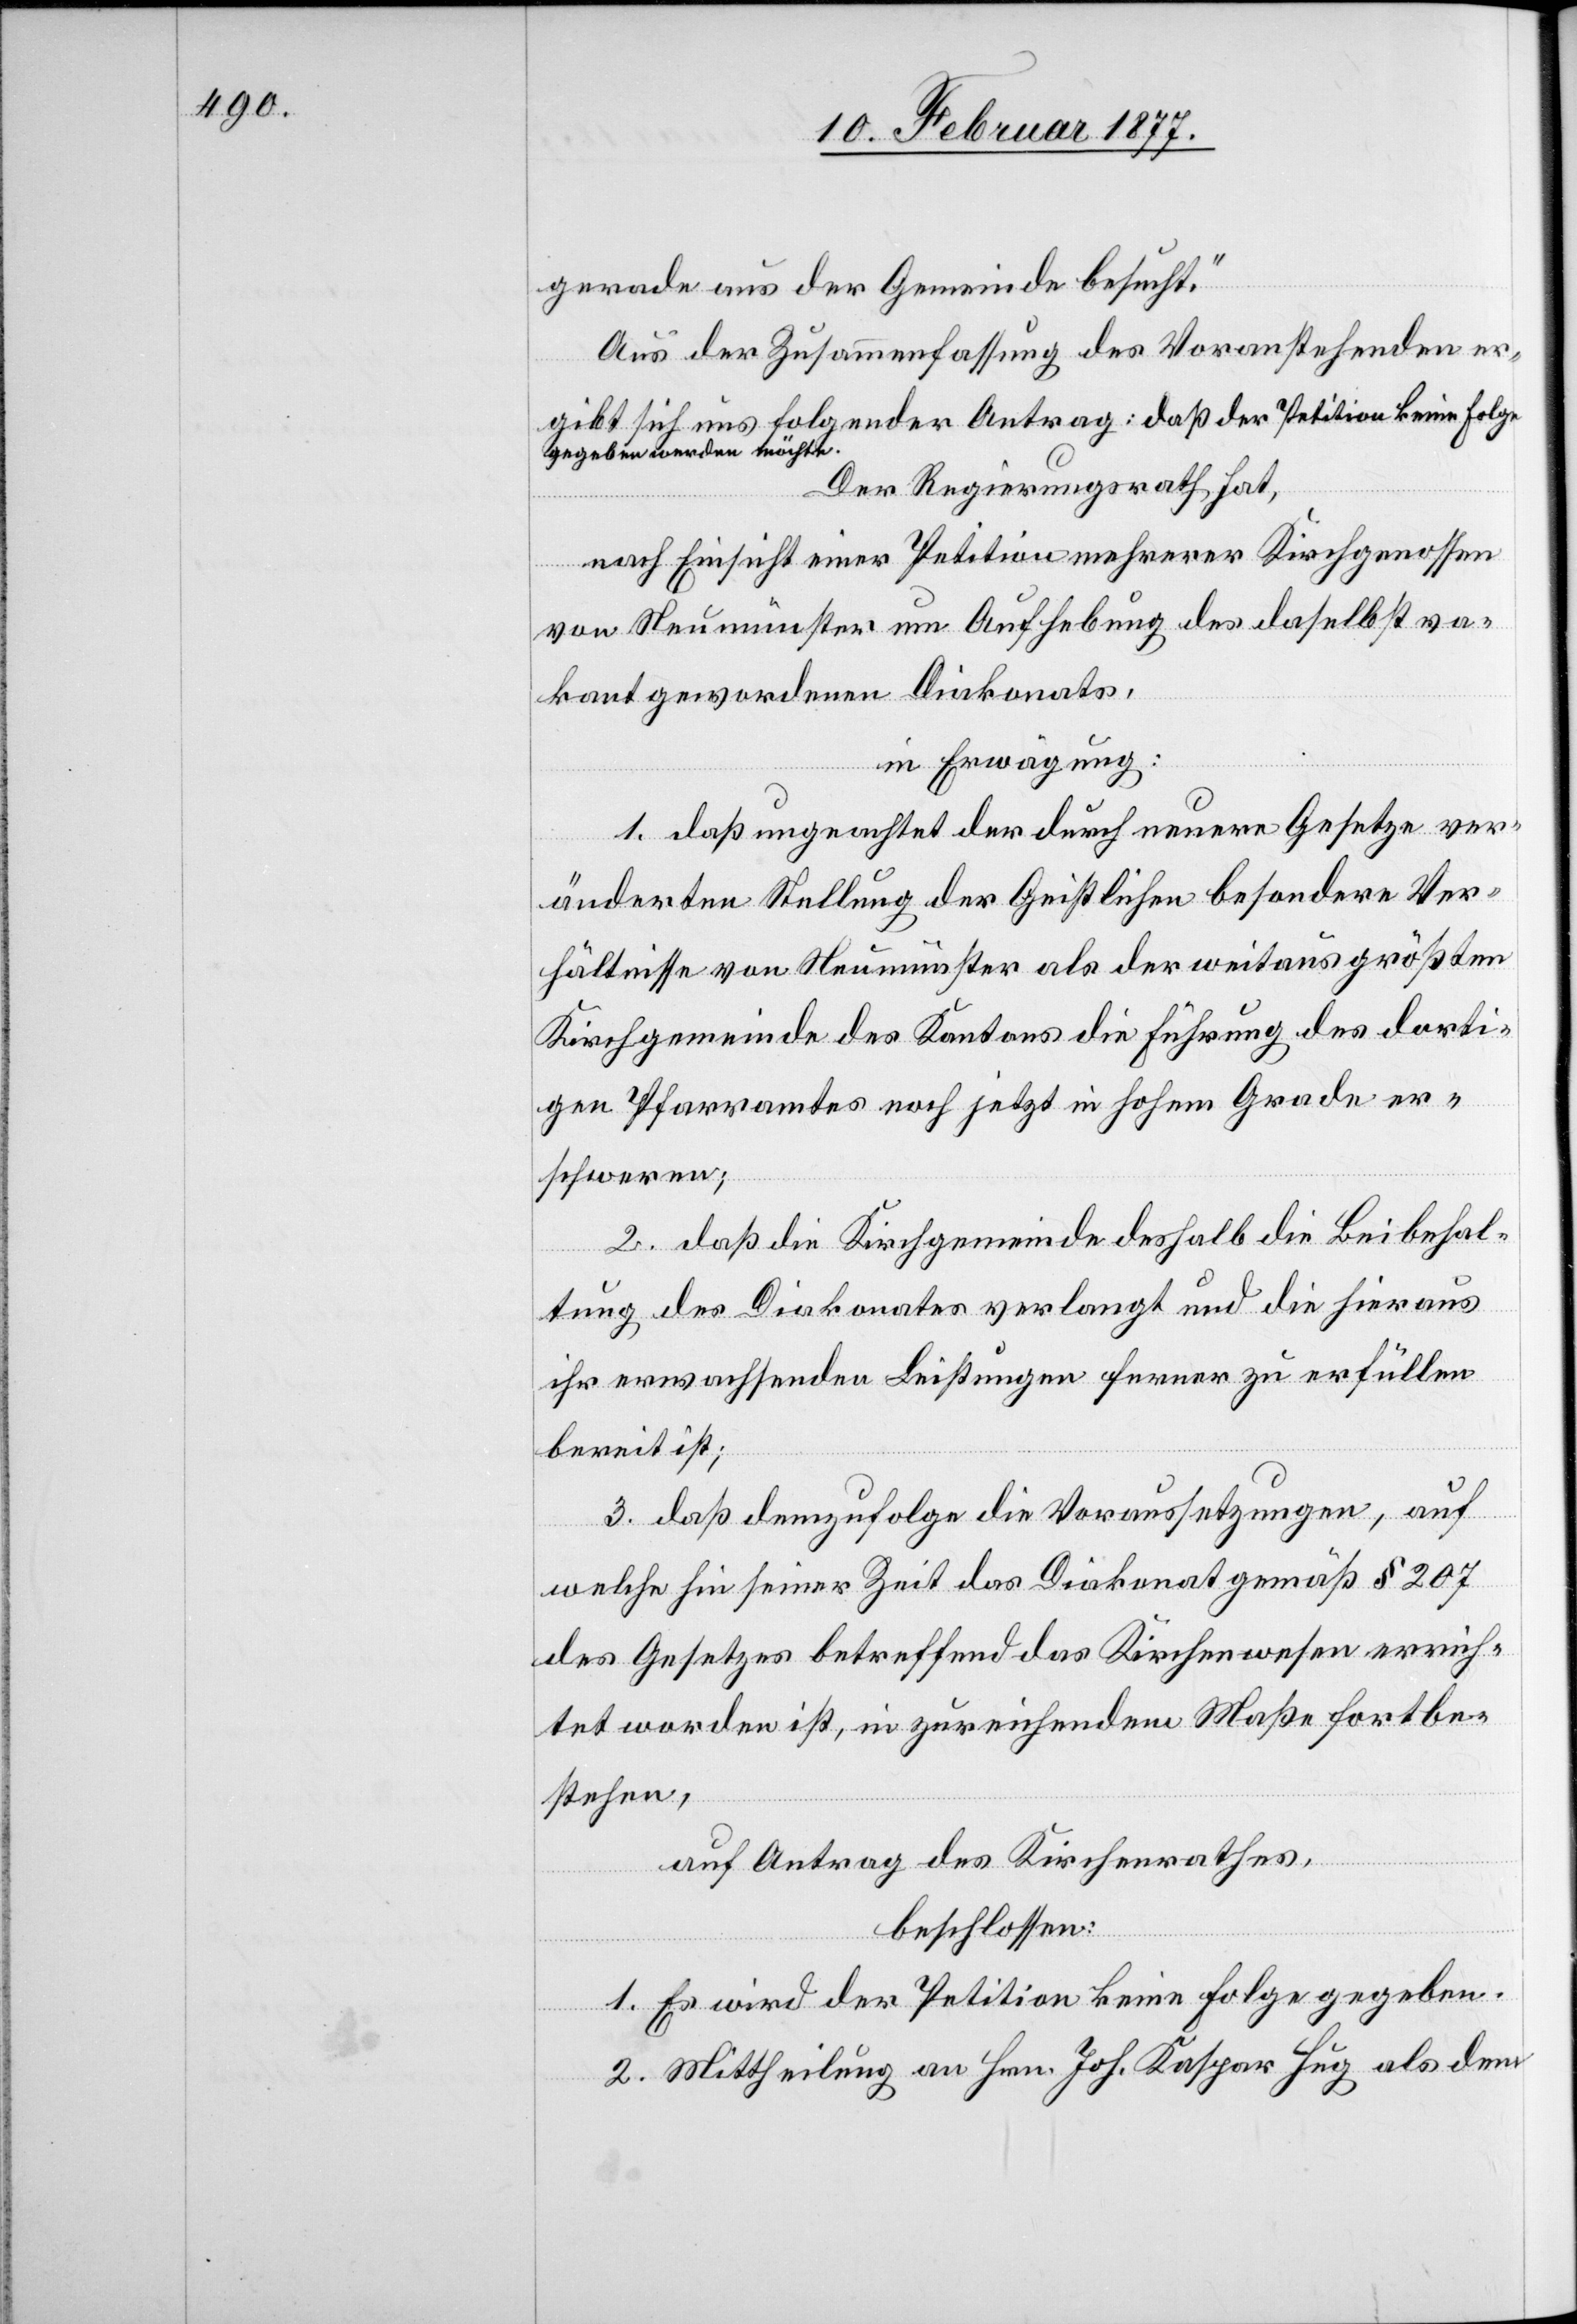
gerade aus der Gemeinde besucht.“
Aus der Zusammenfassung des Voranstehenden er¬
gibt sich uns folgender Antrag: daß der Petition keinerlei
gegeben werden möchte.
Der Regierungsrath hat,
nach Einsicht einer Petition mehrerer Kirchgenossen
von Neumünster um Aufhebung des daselbst va¬
kant gewordenen Diakonats,
in Erwägung:
1. daß ungeachtet der durch neuere Gesetze ver¬
änderten Stellung der Geistlichen besondere Ver¬
hältnisse von Neumünster als der weitaus größten
Kirchgemeinde des Kantons die Führung des dorti¬
gen Pfarramtes noch jetzt in hohem Grade er¬
schweren;
2. daß die Kirchgemeinde daselbst die Beibehal¬
tung des Diakonates verlangt und die hieraus
ihr erwachsenden Leistungen ferner zu erfüllen
bereit ist;
3. daß demzufolge die Voraussetzungen, auf
welche hin seiner Zeit das Diakonat gemäß § 207
des Gesetzes betreffend das Kirchenwesen errich¬
tet worden ist, in zureichendem Maße fortbe¬
stehen,
auf Antrag des Kirchenrathes,
beschlossen:
1. Es wird der Petition keine Folge gegeben.
2. Mittheilung an Hrn. Joh. Kaspar Hug als dem